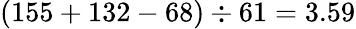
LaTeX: (155+132-68)\div 61=3.59